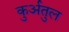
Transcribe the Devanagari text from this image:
कुर्अतुल